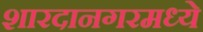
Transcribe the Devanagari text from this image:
शारदानगरमध्ये